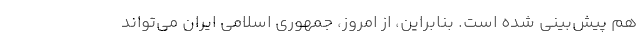
هم پیش‌بینی شده است. بنابراین، از امروز، جمهوری اسلامی ایران می‌­تواند